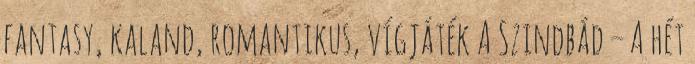
fantasy, kaland, romantikus, vígjáték A Szindbád – A hét